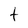
Character: t